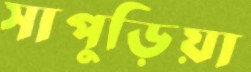
সাপুড়িয়া